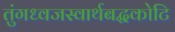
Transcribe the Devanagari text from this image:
तुंगध्वजस्वार्थबद्धकोटि